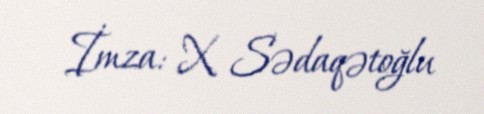
İmza: X. Sədaqətoğlu